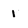
Character: 1